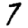
Digit: 7